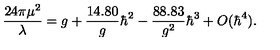
{ \frac { 2 4 \pi \mu ^ { 2 } } { \lambda } } = g + { \frac { 1 4 . 8 0 } { g } } \hbar ^ { 2 } - { \frac { 8 8 . 8 3 } { g ^ { 2 } } } \hbar ^ { 3 } + O ( \hbar ^ { 4 } ) .